Civil Veterinary Dept. North-West Frontier Province 1901-22 - 1901-1922
Year: 1901
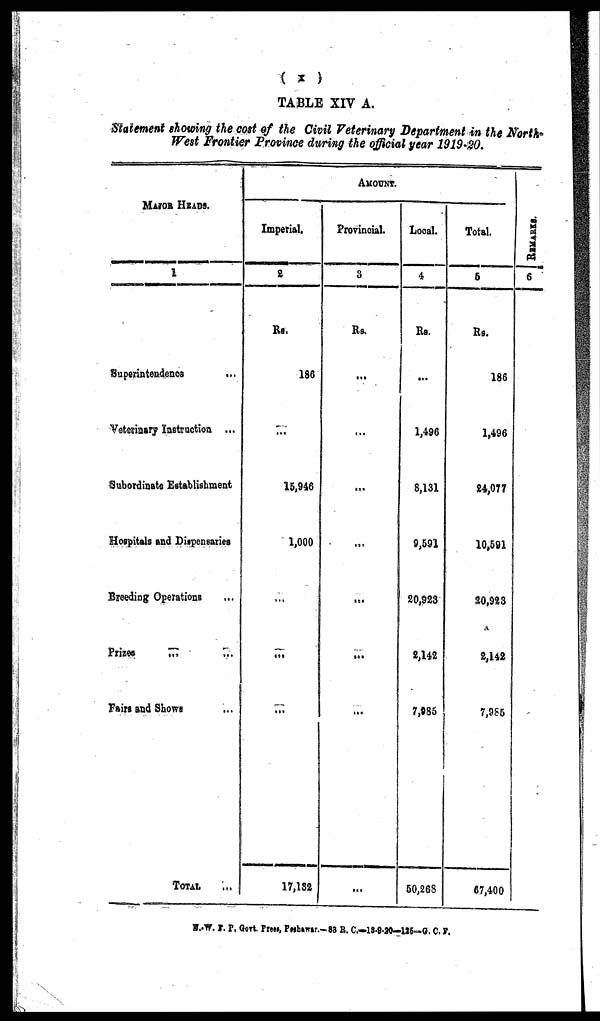
(x)
TABLE XIV A.
Statement showing the cost of the Civil Veterinary Department in the North¬
West Frontier Province during the official year 1919-20.
MAJOR HEADS.
1
Superintendence
...
Veterinary Instruction ...
Subordinate Establishment
Hospitals and Dispensaries
Breeding Operations ...
Prizes
...
...
Fairs and Shows ...
TOTAL ...
AMOUNT.
Imperial.
2
Rs.
186
...
15,946
1,000
...
...
...
17,132
Provincial.
3
Rs.
...
...
...
...
...
...
...
...
Local.
4
Rs.
...
1,496
8,131
9,591
20,923
2,142
7,985
50,268
Total.
5
Rs.
186
1,496
24,077
10,591
20,923
2,142
7,985
67,400
REMARKS.
6
N.W. F. P. Govt. Press, Peshawar.—88 R. C.-13-9-20—125—G. C. F.